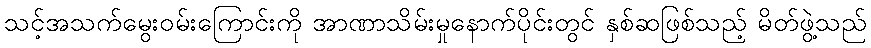
သင့်အသက်မွေးဝမ်းကြောင်းကို အာဏာသိမ်းမှုနောက်ပိုင်းတွင် နှစ်ဆဖြစ်သည့် မိတ်ဖွဲ့သည်